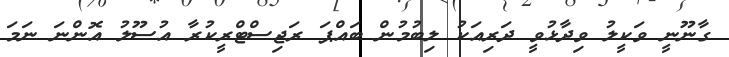
ގާނޫނީ ވަކީލު ވިދާޅުވީ ދަރިއަކު ލިބުމުން ބައްޕަ ރަޖިސްޓްރީކުރާ އުސޫލު އޮންނަ ނަމަ